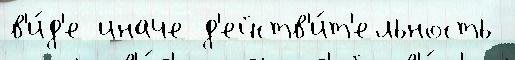
в'и́д'е иначе д'ейств'и́т'ельность